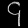
Digit: ၄